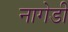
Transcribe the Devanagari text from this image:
नागेडी